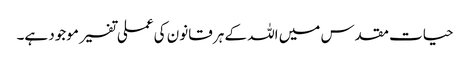
حیات مقدس میں اللہ کے ہر قانون کی عملی تفسیر موجود ہے۔